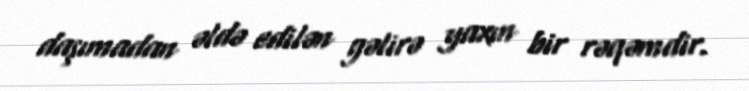
daşımadan əldə edilən gəlirə yaxın bir rəqəmdir.